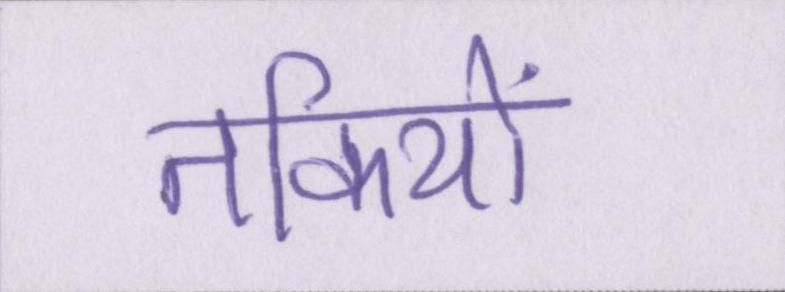
तकियों